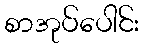
စာအုပ်ပေါင်း